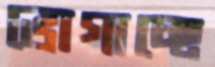
ভোগাচ্ছে